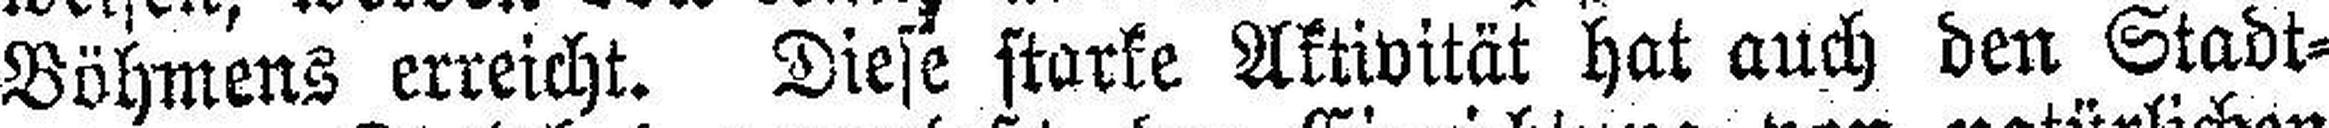
Böhmens erreicht. Diese starke Aktivität hat auch den Stadt¬